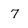
Character: 7